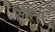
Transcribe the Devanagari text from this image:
सेम्भल